Investigations into the jail dietaries of the United Provinces with some observations on the influence of dietary on the physical development and well-being of the people of the United Provinces - Number 48
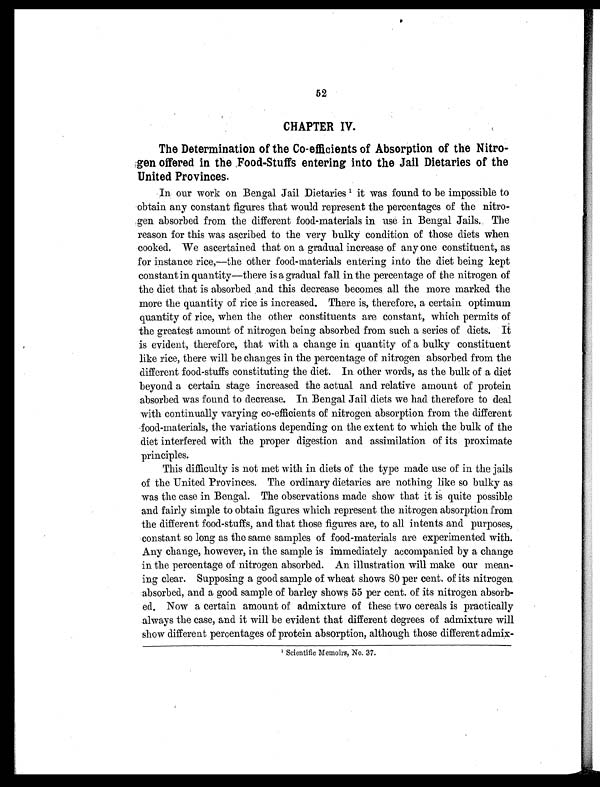
52
CHAPTER IV.
The Determination of the Co-efficients of Absorption of the Nitro-
gen offered in the Food-Stuffs entering into the Jail Dietaries of the
United Provinces.
In our work on Bengal Jail Dietaries 1 it was found to be impossible to
obtain any constant figures that would represent the percentages of the nitro-
gen absorbed from the different food-materials in use in Bengal Jails. The
reason for this was ascribed to the very bulky condition of those diets when
cooked. We ascertained that on a gradual increase of any one constituent, as
for instance rice,—the other food-materials entering into the diet being kept
constant in quantity—there is a gradual fall in the percentage of the nitrogen of
the diet that is absorbed and this decrease becomes all the more marked the
more the quantity of rice is increased. There is, therefore, a certain optimum
quantity of rice, when the other constituents are constant, which permits of
the greatest amount of nitrogen being absorbed from such a series of diets. It
is evident, therefore, that with a change in quantity of a bulky constituent
like rice, there will be changes in the percentage of nitrogen absorbed from the
different food-stuffs constituting the diet. In other words, as the bulk of a diet
beyond a certain stage increased the actual and relative amount of protein
absorbed was found to decrease. In Bengal Jail diets we had therefore to deal
with continually varying co-efficients of nitrogen absorption from the different
food-materials, the variations depending on the extent to which the bulk of the
diet interfered with the proper digestion and assimilation of its proximate
principles.
This difficulty is not met with in diets of the type made use of in the jails
of the United Provinces. The ordinary dietaries are nothing like so bulky as
was the case in Bengal. The observations made show that it is quite possible
and fairly simple to obtain figures which represent the nitrogen absorption from
the different food-stuffs, and that those figures are, to all intents and purposes,
constant so long as the same samples of food-materials are experimented with.
Any change, however, in the sample is immediately accompanied by a change
in the percentage of nitrogen absorbed. An illustration will make our mean-
ing clear. Supposing a good sample of wheat shows 80 per cent. of its nitrogen
absorbed, and a good sample of barley shows 55 per cent. of its nitrogen absorb-
ed. Now a certain amount of admixture of these two cereals is practically
always the case, and it will be evident that different degrees of admixture will
show different percentages of protein absorption, although those different admix-
1Scientific Memoirs, No. 37.